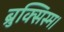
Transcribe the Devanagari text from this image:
ब्रुक्सिस्म।